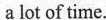
a lot of time.